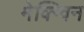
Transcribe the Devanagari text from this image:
मेक्ग्विन